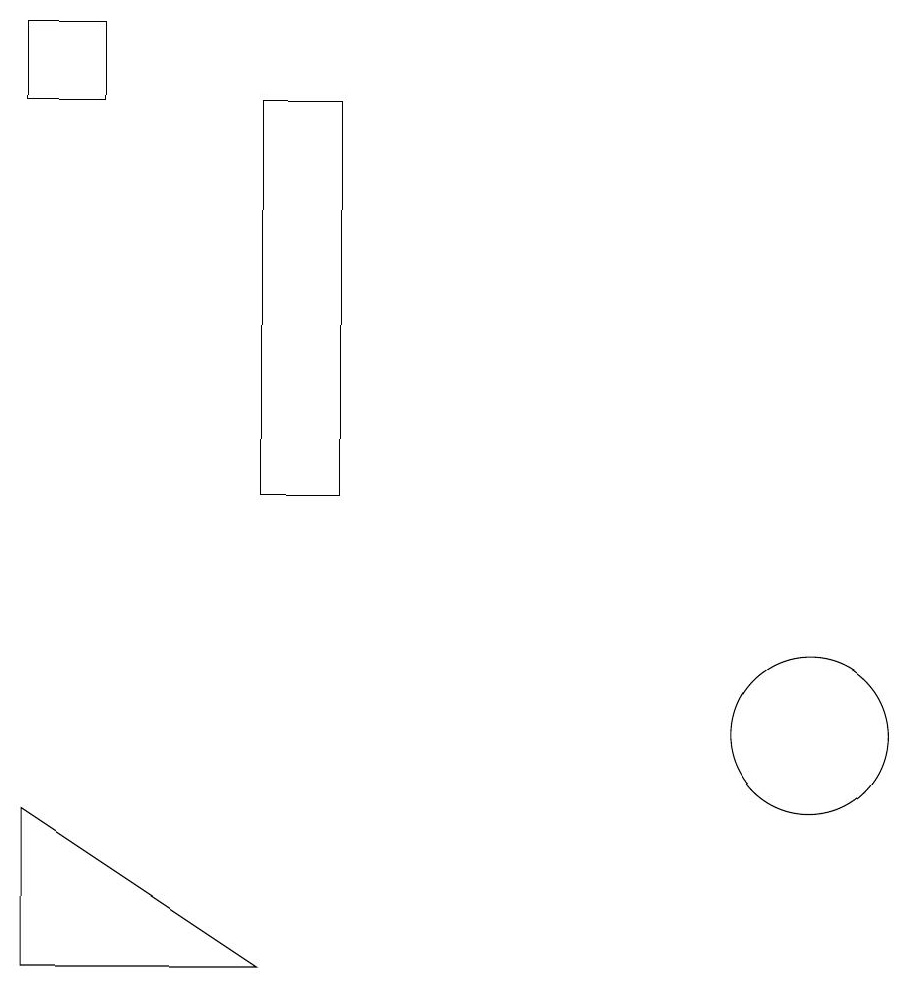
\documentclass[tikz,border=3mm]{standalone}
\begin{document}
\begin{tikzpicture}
\draw (5,14) rectangle (5,14);
\draw (1,18) rectangle (0,19);
\draw (3,7) -- (0,7) -- (0,9) -- cycle;
\draw (10,10) circle (1);
\draw (3,18) rectangle (4,13);
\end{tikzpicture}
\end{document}